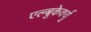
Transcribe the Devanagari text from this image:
एल्बुकेर्क्यु